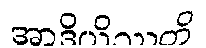
အာဒိယိဿတိ